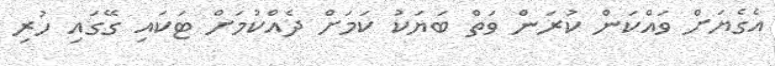
އެގެޔަށް ވައްކަން ކުރަން ވަތް ބަޔަކު ކަމަށް ދެއްކުމަށް ޓަކައި ގޭގައި ހުރި